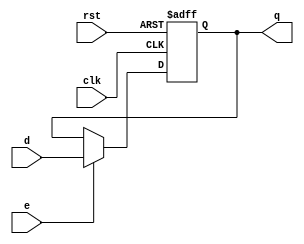
//32()
//
module rege32 (d,clk,rst,e,q);
    input [31:0] d;    // 32
    input e;           // 
    input clk, rst;    // 
    output reg [31:0] q; // 
    //
    always @(negedge rst or posedge clk)
        if (!rst)  q <= 0; //
        else if (e) q <= d; //1q=d
endmodule